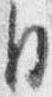
月